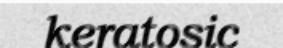
keratosic